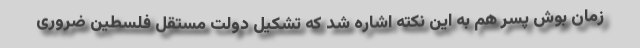
زمان بوش پسر هم به این نکته اشاره شد که تشکیل دولت مستقل فلسطین ضروری